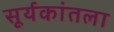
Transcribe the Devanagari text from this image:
सूर्यकांतला